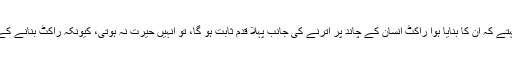
اگر آپ اس وقت وینر ونبراؤن سے کہتے کہ ان کا بنایا ہوا راکٹ انسان کے چاند پر اترنے کی جانب پہلا قدم ثابت ہو گا، تو انہیں حیرت نہ ہوتی، کیونکہ راکٹ بنانے کے پیچھے ان کا یہی جذبہ کارفرما تھا۔